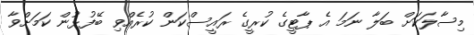
މިސާލަކަށް ބަލާ ނަމަ އެ ޕާޓީގެ ކުރީގެ ރައީސްކަން ކުރެއްވި ބޭފުޅުން ކަމަށްވާ